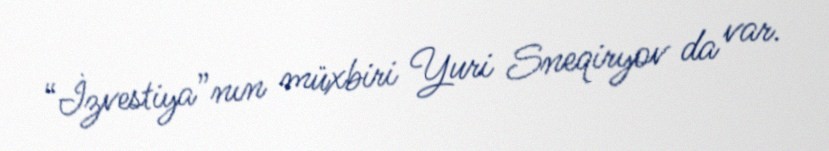
“İzvestiya”nın müxbiri Yuri Sneqiryov da var.